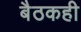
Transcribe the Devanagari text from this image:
बैठकही